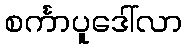
စင်္ကာပူဒေါ်လာ